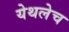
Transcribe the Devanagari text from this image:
येथलेच